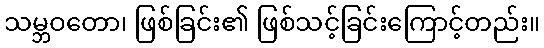
သမ္ဘဝတော၊ ဖြစ်ခြင်း၏ ဖြစ်သင့်ခြင်းကြောင့်တည်း။